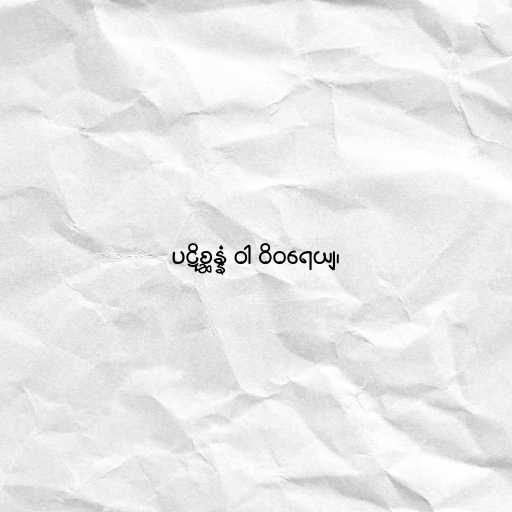
ပဋိစ္ဆန္နံ ဝါ ဝိဝရေယျ၊